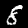
Label: 8